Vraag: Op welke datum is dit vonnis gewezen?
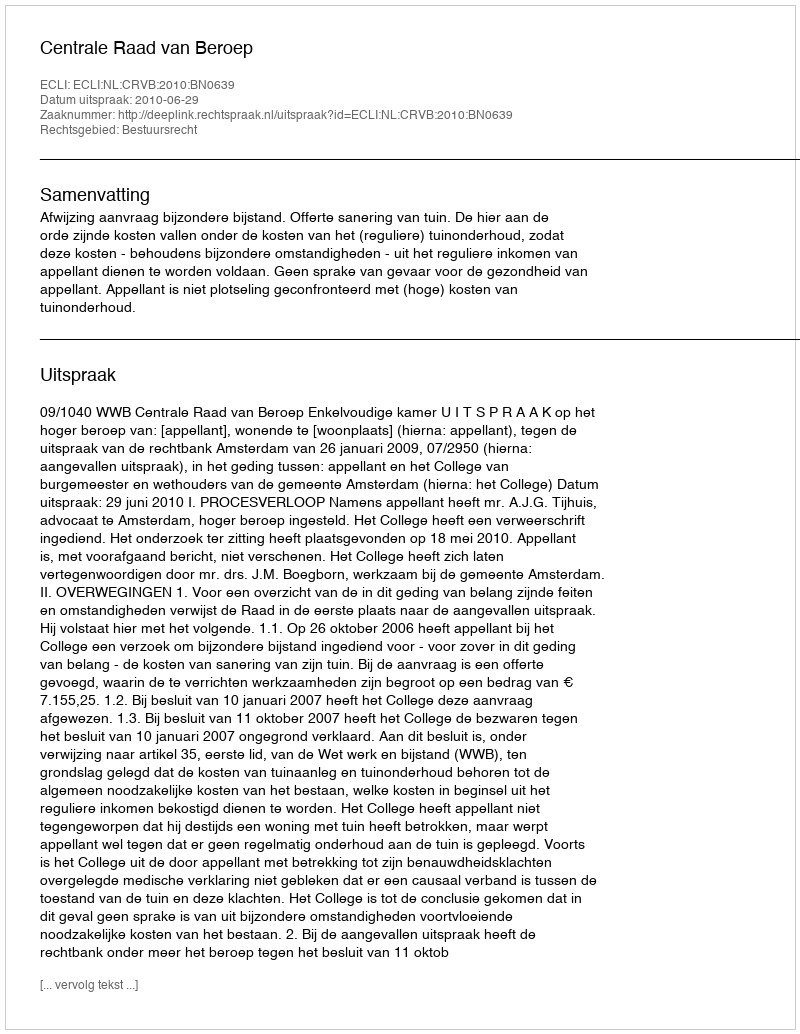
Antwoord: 2010-06-29